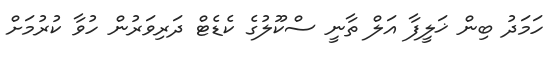
ހަމަދު ބިން ޚަލީފާ އަލް ތާނީ ސްކޫލުގެ ކެޑެޓް ދަރިވަރުން ހުވާ ކުރުމަށް